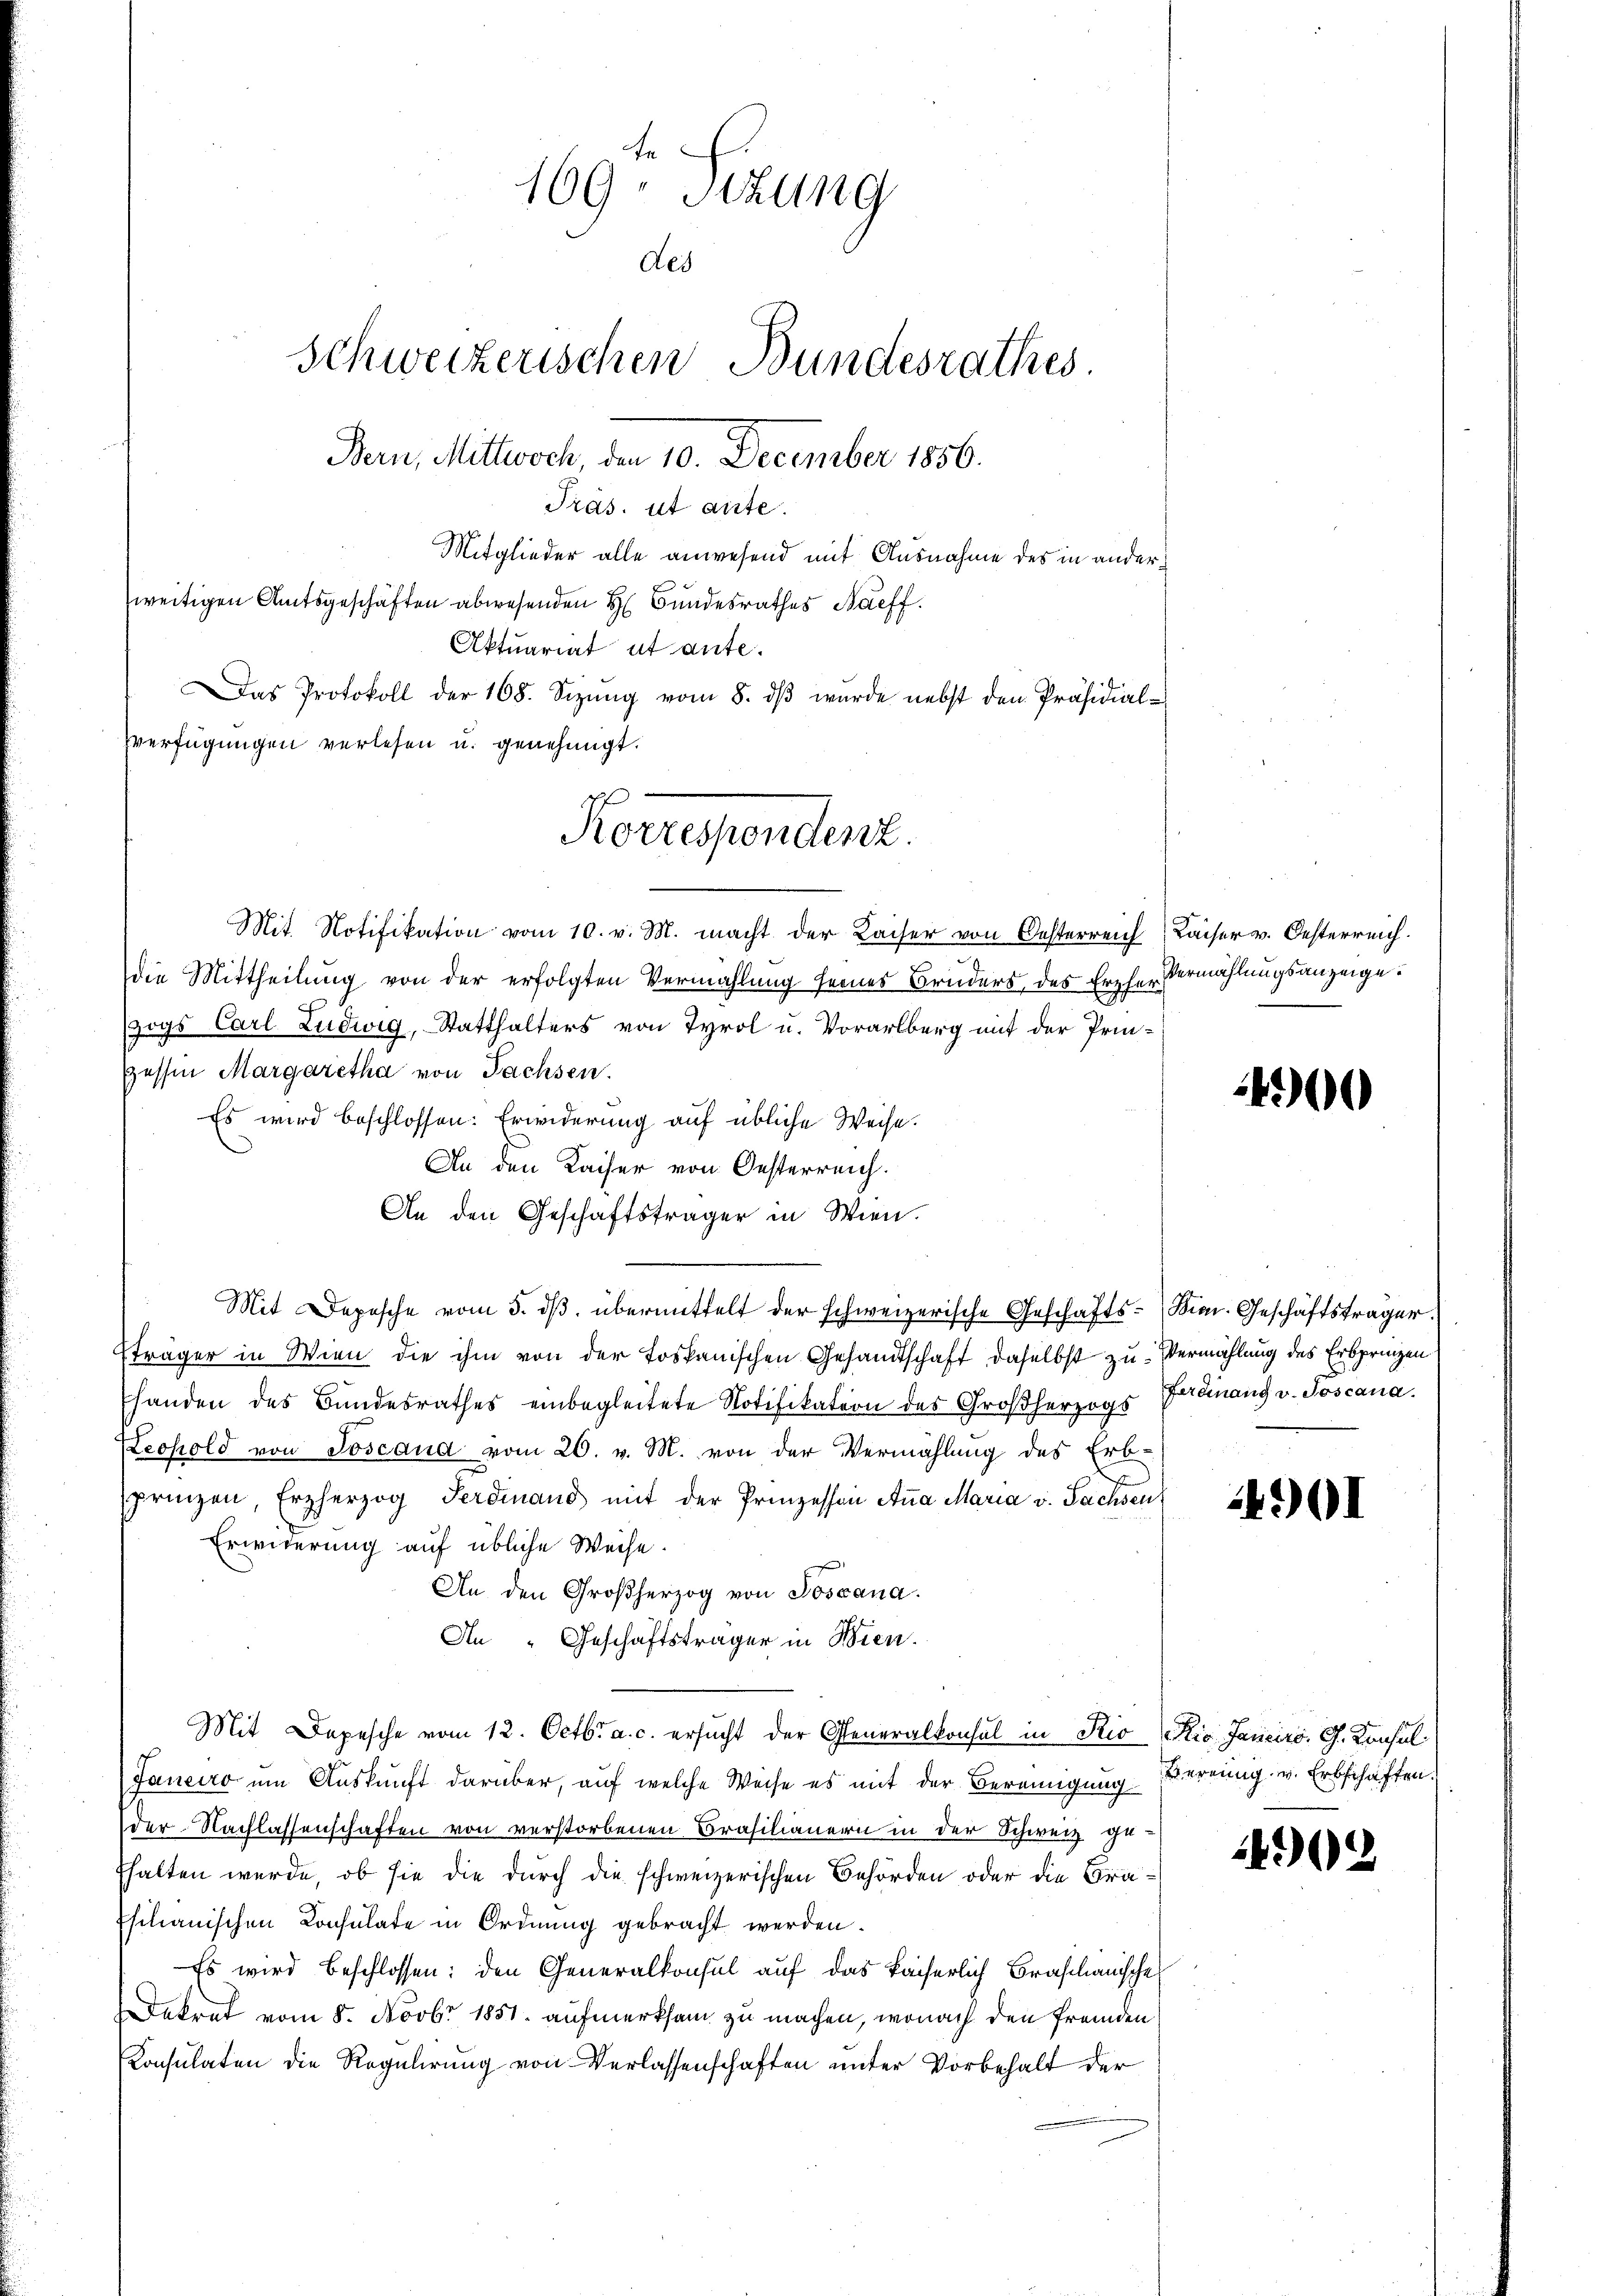
169. Sizung
des
Schweizerischen Bundesrathes.
Bern, Mittwoch, den 10. December 1856.
Präs. ist ante.
Mitglieder alle anwesend mit Ausnahme des in anderweitigen Amtsgeschäften abwesenden H: Bundesrathes Naeff.
Aktuariat ut ante.
Das Protokoll der 168. Sizung vom 8. dβ wurde nebst den Präsidial-

verfügungen verlesen u. genehmigt.
Mit Notifikation vom 10. v. M. macht der Kaiser von Oesterreich
die Mittheilung von der erfolgten Vermahlung seines Bruders des Erzher Vermählungsanzeige.
zogs Carl Ludwig, Statthalters von Tyrol u. Vorarlberg mit der Prin-
Zessin Margaretha von Fachsen.
Es wird beschlossen: Erwiderung auf übliche Weise.
An den Kaiser von Oesterreich.
An den Geschäftsträger in Wien.
Mit Depesche vom 5. dβ übermittelt der schweizerische Geschäfts-Kin. Geschäftsträger.
träger in Wien die ihm von der toskanischen Gesandtschaft daselbst zu Vermählung des Erbpringen
handen des Bundesrathes einbegleitete Notifikation des Großherzogs Genang v. Joscana.
Leopold von Toscana vom 26. v. M. von der Vermählung des Erb-
prinzen, Erzherzog Ferdinand mit der Prinzessan Aṅa Maria v. Sachsen
Erwiderung auf übliche Weise.
An den Großherzog von Joscana.
An „Geschäftsträger in Wien.
Mit Depesche vom 12. Octbr. a. c. ersŭcht der Generalkonsul in Rio io Janeiro, G. Konsul
Janeiro um Auskunft darüber, auf welche Weise es mit der Bereinigung bereinig. v. Erbschäften.
der Nachlassenschaften von verstorbenen Brasilianern in der Schweiz gefhalten wurde, ob sie die durch die schweizerischen Behörden oder die Fra¬
Isilianischen Consulate in Ordnung gebracht werden.
Es wird beschlossen: den Generalkonsul auf das kaiserlich Braschanische
Dekret vom 5. Novbr 1851 aufmerksam zu machen, wonach den fremden
Konsulaten die Regulirung von Verlassenschaften unter Vorbehalt der

Korrespendenz.

Kaiser v. Oesterreich.

4900

4901

3